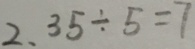
2 . 3 5 \div 5 = 7